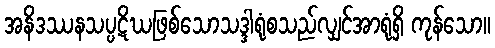
အနိဒဿနသပ္ပဋိဃဖြစ်သောသဒ္ဒါရုံစသည်လျှင်အာရုံရှိ ကုန်သော။